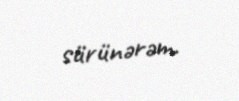
sürünərəm.